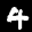
Label: 4